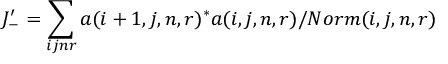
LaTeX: J _ { - } ^ { \prime } = \sum _ { i j n r } a ( i + 1 , j , n , r ) ^ { * } a ( i , j , n , r ) / N o r m ( i , j , n , r )